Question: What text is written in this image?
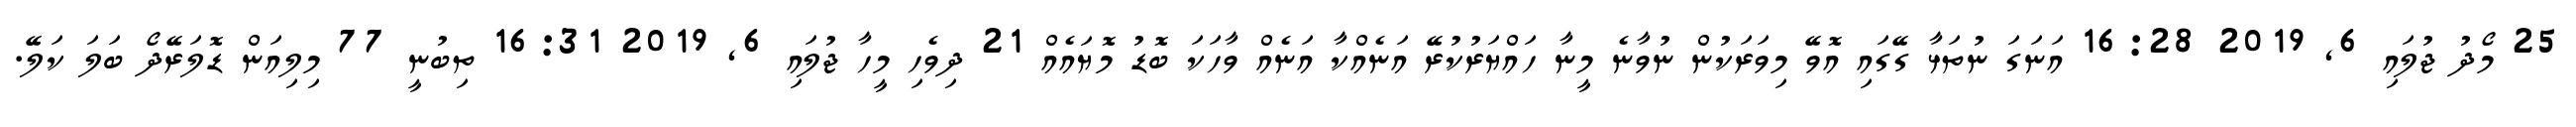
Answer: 25 މޯދު ޖުލައި 6, 2019 16:28 އަނަގަ ނުތަޅާ ގޭގައި އޮވޭ މިވަރަކުން ނުވާނެ މީނާ ހައްޔަރުކުރޭ އަނެއްކާ އަނެއް ވާހަކަ ބޮޑު މޮޔައެއް 21 ދިވެހި މީހާ ޖުލައި 6, 2019 16:31 ތިބުނީ 77 މިލިއަން ޑޮލަރޭދޯ ބަލަ ކަލޭ.